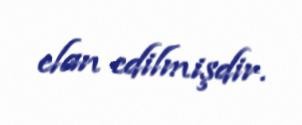
elan edilmişdir.